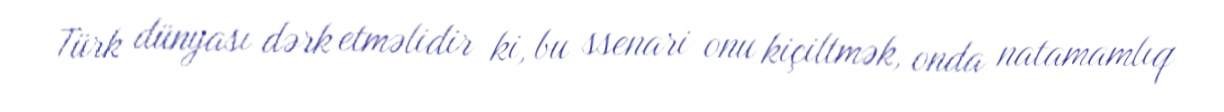
Türk dünyası dərk etməlidir ki, bu ssenari onu kiçiltmək, onda natamamlıq